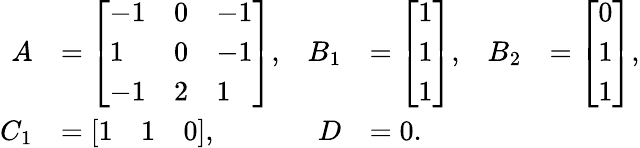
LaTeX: \begin{array}{rlrlrl}{A}&{=\left[\begin{array}{lll}{-1}&{0}&{-1}\\ {1}&{0}&{-1}\\ {-1}&{2}&{1}\end{array}\right],}&{B_{1}}&{=\left[\begin{array}{l}{1}\\ {1}\\ {1}\end{array}\right],}&{B_{2}}&{=\left[\begin{array}{l}{0}\\ {1}\\ {1}\end{array}\right],}\\ {C_{1}}&{=\left[\begin{array}{lll}{1}&{1}&{0}\end{array}\right],}&{D}&{=0.}\end{array}